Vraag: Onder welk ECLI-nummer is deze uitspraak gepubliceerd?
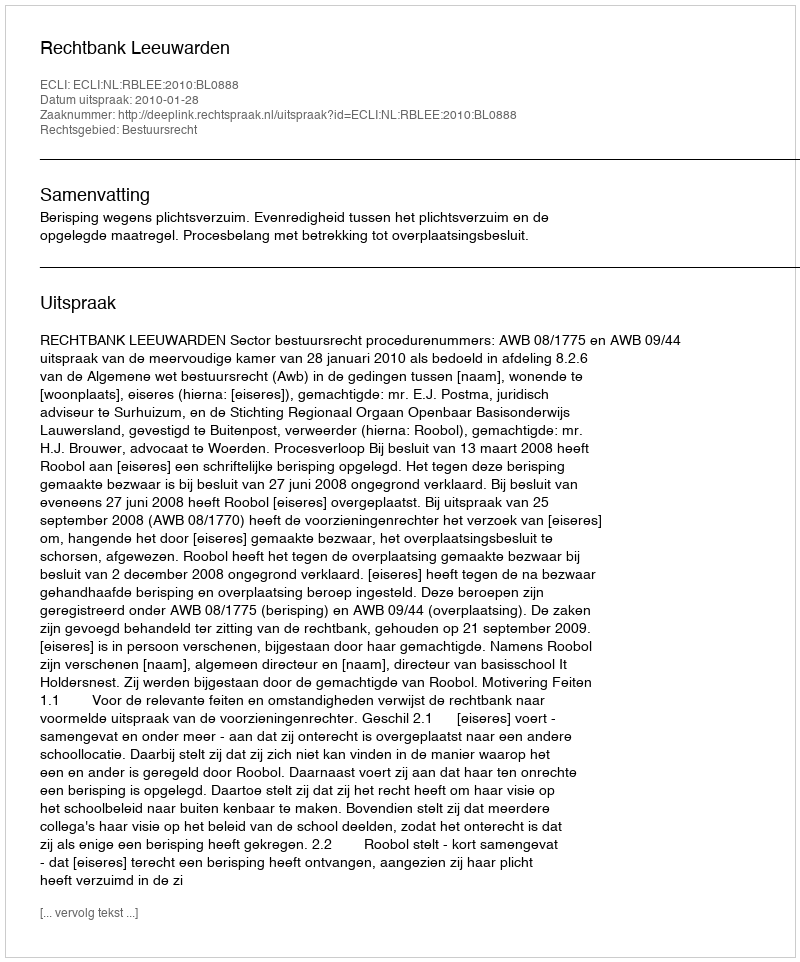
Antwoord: ECLI:NL:RBLEE:2010:BL0888